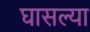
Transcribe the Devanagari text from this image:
घासल्या